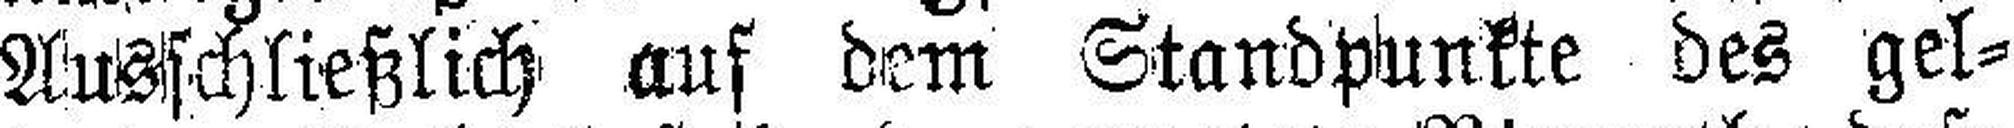
Ausschließlich auf dem Standpunkte des gel¬